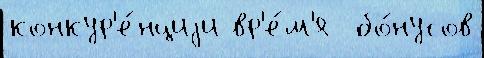
конкур'е́нциjи вр'е́м'я  бо́нусов